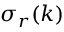
\sigma _ { r } ( k )